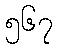
၅၆၇